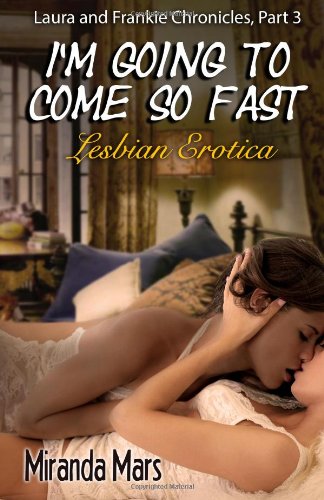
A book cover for I'm Going To Come So Fast: Lesbian Erotica; Miranda Mars; Romance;